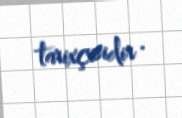
tarixçisidir .